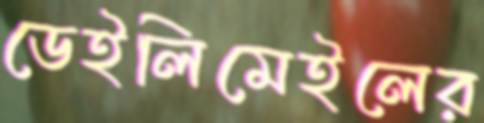
ডেইলিমেইলের